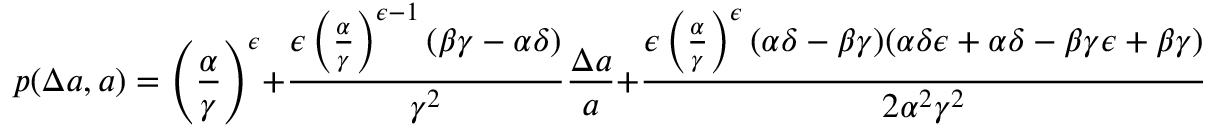
p ( \Delta a , a ) = \left( \frac { \alpha } { \gamma } \right) ^ { \epsilon } + \frac { \epsilon \left( \frac { \alpha } { \gamma } \right) ^ { \epsilon - 1 } ( \beta \gamma - \alpha \delta ) } { \gamma ^ { 2 } } \frac { \Delta a } { a } + \frac { \epsilon \left( \frac { \alpha } { \gamma } \right) ^ { \epsilon } ( \alpha \delta - \beta \gamma ) ( \alpha \delta \epsilon + \alpha \delta - \beta \gamma \epsilon + \beta \gamma ) } { 2 \alpha ^ { 2 } \gamma ^ { 2 } } \left( \frac { \Delta a } { a } \right) ^ { 2 } + \mathscr { O } \left( ( \Delta a ) ^ { 3 } \right) .